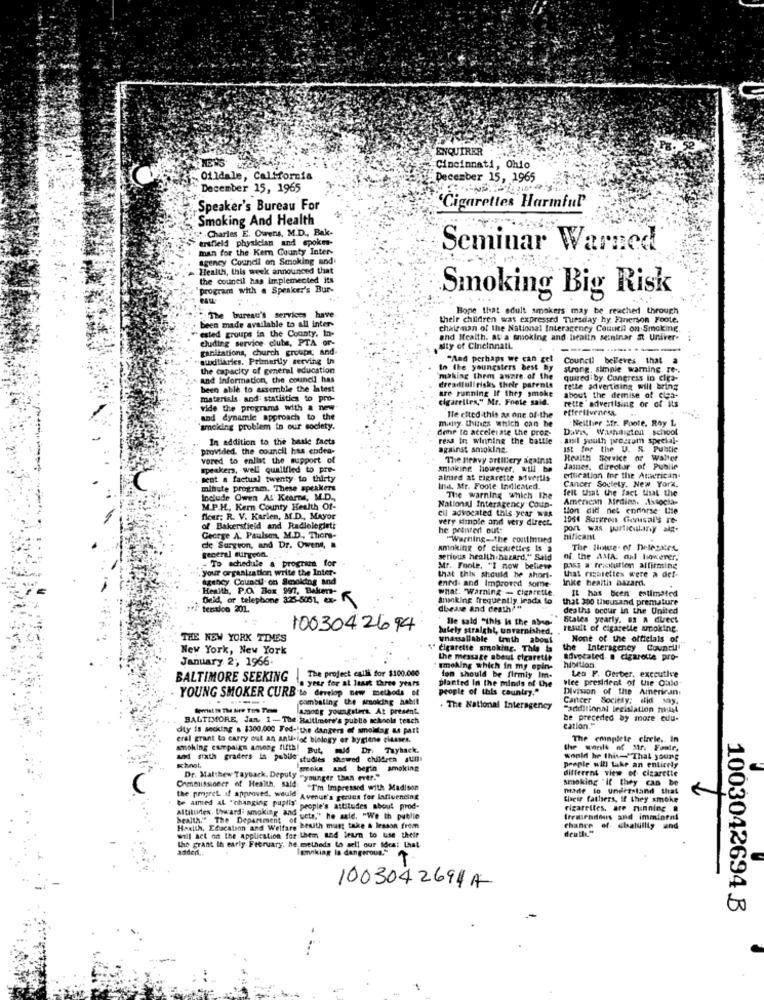
ENQUIRER
Cincinnati, Ohio
Oildale, California
December 15, 1965
December 15, 1965
Speaker's Bureau For
'Cigarettes Harmful
Smoking And Health
Charles E. Owens, M.D ., Bak-
trifleld physician and spoke-
man for the Kern County Inter-
Seminar Warned
agency Council on Smoking and
Health, this week announced that
the council has implemented its
program with a Speaker's Bur-
Smoking Big Risk
Bone that adult smokers may be reached through
The bureau's services have
their children was expressed Tuesday hy Emerson Foote.
ested groups in the County, in-
been made available to all inter-
chairman of the National Interagency Council on Smoking
cluding service clubs, PTA or-
and Health. au a smoking and health seininar at Univer-
ganitations, church groups; and-
aity of Cincinnati
audilarics. Primarily serving In
"And perhaps we can get
Council believes that a
the capacity of general education
In the youngsters best
strong, simple warning.
and Information, the council has
making them aware of the
quired by Congress in clea-
been able to assemble the latest
are running If they smoke
dreadlilirisks their parents
tette advertising will bring
materials and statistics to pro-
cigarelles," Mr. Fnete said.
about the demise of cla-
rette advertising or of its
vide the programs with a new
ettertiveness
and dynamic approach to the
many things which can be
Ile cited this as one of the
Neither Sfr. Foote. Roy L
`smoking problem in our society.
done to accelerate the prox-
Dar, Washaigton school
In addition to the basic facts
ress in winning the
as youth proczum special-
provided, the council has endea-
against smoking.
Ist for the U. S. Pulatie
vored to enlist the support of
The Heavy artillery against
Health Service or walter
speakers, well qualified to pre-
mtoking however, will be
Jaines, director of Public
sent a factual twenty to thirty
aimed at cigarette sivertis
ertteation for the American.
minute program. These speakers
Ind. Mr. Foote Indicated.
Cancer Society, New York,
felt that the fact that the
Include Owen Al' Kearns, M.D .,
The warning which The
American Mediche .Associa-
M.P.H. Kern County Health Of-
National Interagency Coup-
cil advocated this year was
ton did net enfinrse lite
fleer; R. V. Karlen, M.D ., Mayor
very simple and very direct.
1064 Surkren Gonisal's Te-
of Bakersfield and Radiologieti
he printed out:
port was particulary ala.
George A. Paulsen, M.D. Thors-
"Warning-the contintied
nificant
de Surgeon, and Dr. Owens, a
Anioking of cigarettes is a
The House- of Driessen
- To schedule & program for
general mirgood.
serious health.bazard," Said
of the AMA: aal However;
your organization write the Inter-
Mr. Foole. "I now believe
pass a rexclution affirming
Agency Council. on Smoking and
that this should he short-
enfd. and Improved some-
that rizmiettes were a del-
inkte heaitis bazardi.
Health, P.O. Box 997, Baken-
what: "Warning - cigarette.
IL has been estimated
Deid, or telephone 325-8051, -
Smoking frequently inada to
that 300 thousand premature
tertlon 201.
chease and death?"
deaths occur in the United
lle sald "this is the abso-
Bates yearly. as a direct
1003042694
lately straight, unvarnished.
result of cigarette smoking.
THE NEW YORK TIMES
whassallable truth about
None of the officials of
New York, New York
" cigarette smoking. This is
the Interagency Council'
January 2; 1966.
the message about cigarette
advocated a cigarette pro-
The project calli for $100.000
smoking which in my spin-
hibition
Les F. Gerber, executive
BALTIMORE SEEKING | The
La yeer for at least three years
planted In the minds of the
don should be firmiy Im-
vice president of the Clalo-
people of this country."
Division of the American,
YOUNG SMOKER CURB to develop new methods of
combating the smoking habit
Cancer Society: did say.
among youngsters. At present.
. The National Interagency
"additional legislation niist
BALTIMORE, Jan 1 - The Baltimore's publie schools teach
cation."
be preceded by more cuu-
diy is seeking . 1300.000 Fed-"the dangers of smolilag as part
eral grant to carry out an anti-let biology or hygiene classes.
The eninplete elrele. in
But.
the world of sin Faste,
and sixth graders in pobile studies showed children atill!
schnot,
wopid he thit-"That yourg
wroks. and begin smoking
different view of. cigarette
people will take an entirely
Dr. Matthew Tayback. Deputy -younger than ever."
smoking "if they can be
Commissioner of Health, said
"I'm Impressed with Madison
made to understand that
be aimed al "changing pupils'
the pepret. if approved. would Avenue's gerdes for lafiuending
their fathers, If they smoke
Altitudes. Upward: smoking and
"people's attitudes about prod-
cigarettes, are minning a
health." The Department of seta." he said. "We th publie
HaALLA, Education and Welfare bewith must take & lesson from
death."
chance of elsalillty and
will act oit the application for them and learn to use their
the grant Ih early February. he methods to sell our ideat that
added ..
lsmnkiag Is dangerous."
1003042694A
1003042694.B